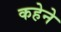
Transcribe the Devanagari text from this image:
कहेने